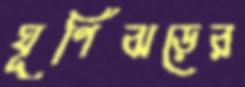
ঘূর্ণিঝড়ের